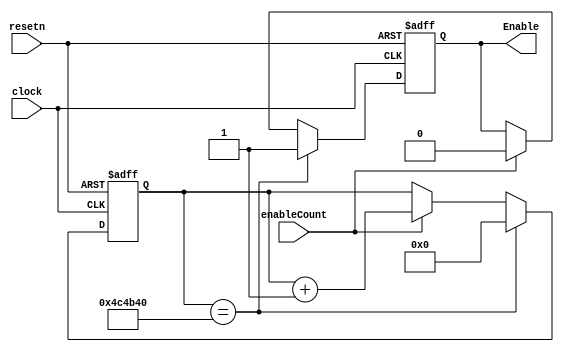
module clockToHalfHZ(
    input clock,
    input resetn,
    input enableCount,
    output reg Enable
);

reg [24:0] count;

always@(posedge clock, negedge resetn) 
begin
    if(!resetn) begin
        count <= 0;
        Enable = 1'b0;
    end
    else if(count == 25'd5000000) begin
        Enable = 1'b1;
        count <= 0;
    end
    else if(enableCount)
    begin
        count <= count + 1;
        Enable = 1'b0;
    end
end
endmodule